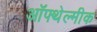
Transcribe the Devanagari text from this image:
ऑफ्थेल्मीक